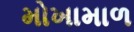
મોખામાળ